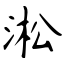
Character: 淞